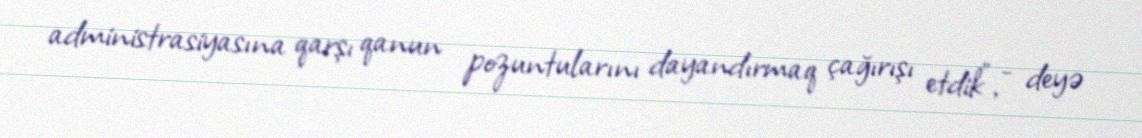
administrasiyasına qarşı qanun pozuntularını dayandırmaq çağırışı etdik”, - deyə